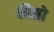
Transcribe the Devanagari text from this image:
कीझो